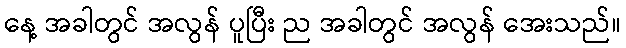
နေ့ အခါတွင် အလွန် ပူပြီး ည အခါတွင် အလွန် အေးသည်။